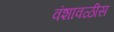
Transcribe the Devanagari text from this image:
वंशावळीस